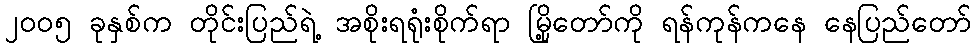
၂၀၀၅ ခုနှစ်က တိုင်းပြည်ရဲ့ အစိုးရရုံးစိုက်ရာ မြို့တော်ကို ရန်ကုန်ကနေ နေပြည်တော်